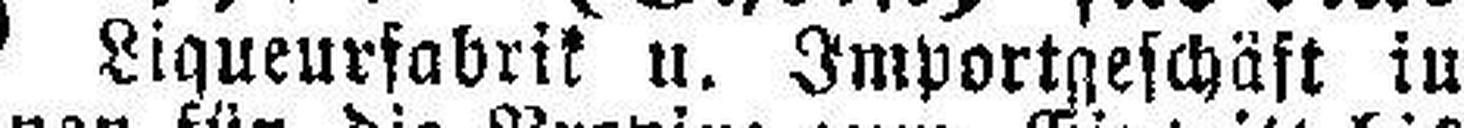
Liqueurfabrik u. Importgeschäft in